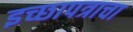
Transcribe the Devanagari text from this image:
इच्छापत्राचा